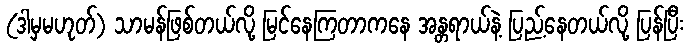
(ဒါမှမဟုတ်) သာမန်ဖြစ်တယ်လို့ မြင်နေကြတာကနေ အန္တရာယ်နဲ့ ပြည့်နေတယ်လို့ ပြန်ပြီး